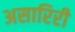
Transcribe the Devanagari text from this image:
असारिरी